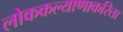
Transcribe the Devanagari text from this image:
लोककल्याणाकरिता